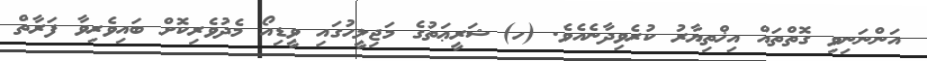
އަންނަނިވި ގޮތްތައް އިޚްތިޔާރު ކުރެވިދާނެއެވެ. (ހ)	ޝަރީޢަތުގެ މަޖިލީހުގައި ވީޑިއޯ މެދުވެރިކޮށް ބައިވެރިވާ ފަރާތް